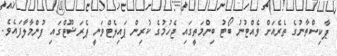
ޕާކިސްތާނުގެ ތެރެއަށް ވެއްޓުނު ބޯޓު ބިންމަތީގައި ޖެހުމުގެ ކުރިން ޕައިލެޓްވަނީ ޕެރަޝޫޓްގައި ފުންމާލާފައެވެ.